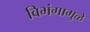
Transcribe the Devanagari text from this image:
विभंगामुळे